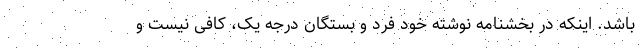
باشد. اینکه در بخشنامه نوشته خود فرد و بستگان درجه یک، کافی نیست و